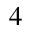
^ { 4 }